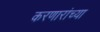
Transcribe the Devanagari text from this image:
करणारांच्या